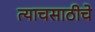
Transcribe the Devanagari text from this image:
त्याचसाठीचे